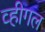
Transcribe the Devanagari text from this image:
व्हीगल